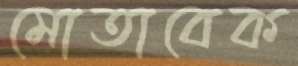
মোতাবেক